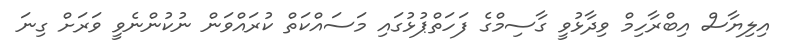
އިލިޔާސް އިބްރާހިމް ވިދާޅުވީ ގާސިމްގެ ފަހަތްޕުޅުގައި މަސައްކަތް ކުރައްވަން ނުކުންނެވީ ވަރަށް ގިނަ